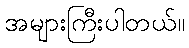
အများကြီးပါတယ်။